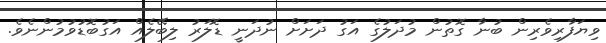
ވިޔަފާރިވެރިން ބުނާ ގޮތުން މުދަލުގެ އަގު ދަށަށް ނުދަނީ ޑޮލަރު ލިބޭލެއް އަގުބޮޑުވުމުންނެވެ.